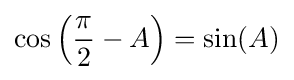
\cos \left({\frac {\pi }{2}}-A\right)=\sin(A)